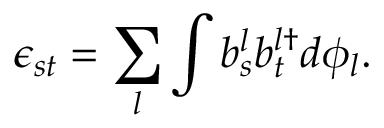
\epsilon _ { s t } = \sum _ { l } \int b _ { s } ^ { l } b _ { t } ^ { l \dagger } d \phi _ { l } .